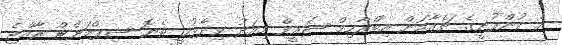
އެ ކުންފުނީގެ ޗެއާމަން އިބްރާހިމް ޝަރީފް މިއަދު ވިދާޅުވީ ތެޔޮ ޝިޕްމަންޓް ރާއްޖެ